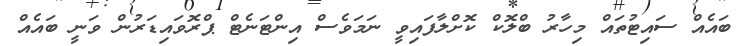
ބައެއް ސައިޓުތައް މިހާރު ބްލޮކް ކޮށްލާފައިވީ ނަމަވެސް އިންޓަނެޓް ޕްރޮވައިޑަރުން ވަނީ ބައެއް